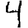
Digit: 4